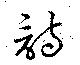
詩